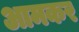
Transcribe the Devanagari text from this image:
आमकर